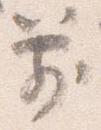
箭